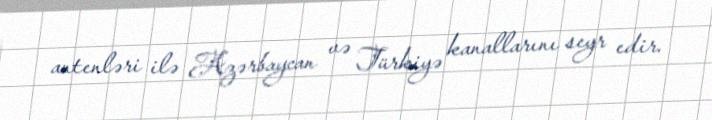
antenləri ilə Azərbaycan və Türkiyə kanallarını seyr edir.